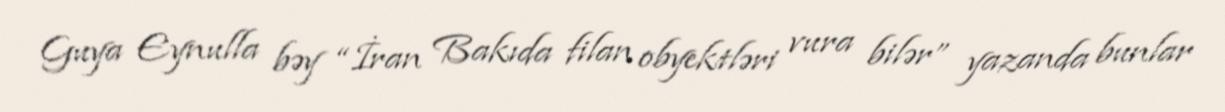
Guya Eynulla bəy “İran Bakıda filan obyektləri vura bilər” yazanda bunlar